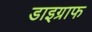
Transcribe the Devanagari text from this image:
डाइग्राफ